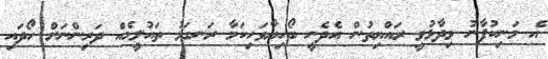
އެ މަނިކުފާނު ވިދާޅުވީ ރައްޔިތުން އެދެނީ ބޯހިޔާވަހިކަމާ ރަނގަޅު ތައުލީމެއް ދަރިންނަށް ހޯދައި